system: You are a helpful assistant.
user:
Analyze the provided spectrum to determine if it is a **M-type Giant (gM)**.

A M-type Giant spectrum is defined by its **strong molecular absorption** features, particularly from **Titanium Oxide (TiO)**. You must check for one of the following mutually exclusive signatures:

- **Key Visual Indicators (Absorption-Dominated Spectrum):**

    - **(Primary):** The spectrum is dominated by strong molecular absorption from **Titanium Oxide (TiO)**. This is the **defining feature** of its M-type temperature class.
        - **(Key Bandheads):** Look for sharp, "saw-tooth" absorption valleys. The strongest are located near **~7050 Å**, **~6160 Å**, and **~5170 Å**.
        - **(Line Profile):** The "saw-tooth" morphology is critical: a **sharp, steep drop on the BLUE (short-wavelength) side** of the bandhead, followed by a gradual recovery (rising flux) towards the RED (long-wavelength) side.

    - **(Key Confirmation - Giant vs. Dwarf):** **ABSENCE** of strong **Calcium Hydride (CaH)** molecular bands. This is the primary diagnostic for *excluding* M-dwarfs.
        - **(Key Region):** The spectrum should lack the strong, broad absorption band seen in dwarfs between **~6800 Å and ~7000 Å**.

    - **(Secondary Confirmation - Giant):** A very strong and broad **Neutral Calcium (Ca I)** atomic absorption line.
        - **(Key Line):** Located at **~4226 Å**. In a giant (gM), this line is significantly deeper and broader than the same line in an M-dwarf (dM) due to low surface gravity.

    - **(Overall Spectrum):**
        - The continuum is **extremely red-sloping** (i.e., flux is very low in the blue and rises dramatically towards the red).
        - The entire spectrum appears "chopped up" by the deep TiO bands.

Think first, call **spectral_visualization_tool** if needed to examine features in detail, then provide your final answer. Your response must adhere to the following strict rules:
1.  **Overall Structure:** Your response must follow the format `<think>...</think> <tool_call>...</tool_call> (if a tool is used) <answer>...</answer>`.
2.  **Tool Usage Constraint:** You may only make **one** tool call per turn.
3.  **Final Answer Format:** In the `<answer>` tag, your conclusion must be inside a `\boxed{}` command (e.g., `\boxed{YES}` or `\boxed{NO}`), followed by your justification.

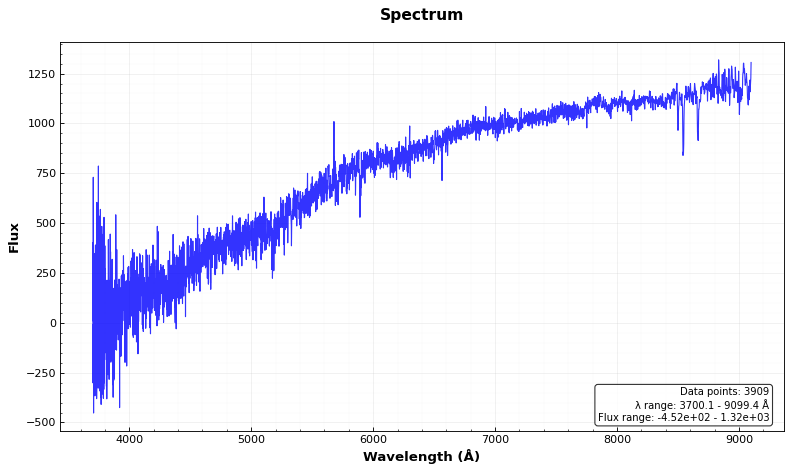
Answer: NO